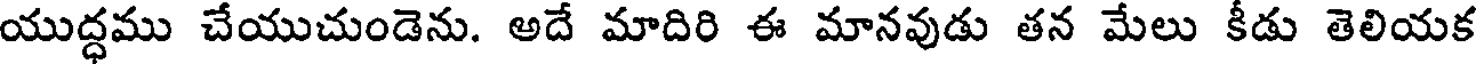
యుద్ధము చేయుచుండెను. అదే మాదిరి ఈ మానవుడు తన మేలు కీడు తెలియక